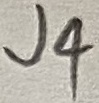
Text: J4